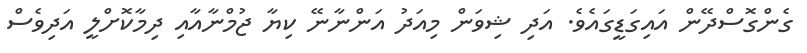
ގެންގޮސްދޭން އައިގަޑީގައެވެ. އަދި ޝިވަން މިއަދު އަންނާނޭ ކިޔާ ޖުމްނާއާއި ދިމާކޮށްލީ އަދިވެސް